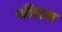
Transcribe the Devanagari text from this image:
श्रीराय